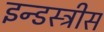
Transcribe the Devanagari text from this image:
इन्डस्ट्रीस